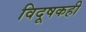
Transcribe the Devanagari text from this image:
विदूषकही